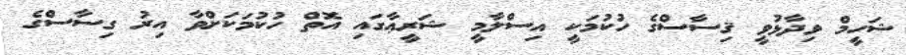
ޝަހީމް ވިދާޅުވީ ޤިސާސްގެ ހުކުމަކީ އިސްލާމީ ޝަރީޢާގައި އޮތް ހުކުމަކަށްވާ އިރު ގިސާސްގެ